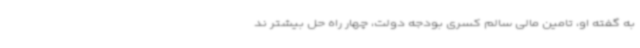
به گفته او، تامین مالی سالم کسری بودجه دولت، چهار راه حل بیشتر ند